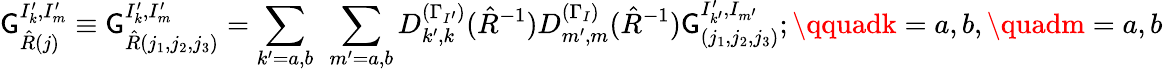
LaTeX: \mathsf{G}_{\hat{{R}}(j)}^{I_{k}^{\prime},I_{m}^{\prime}}\equiv\mathsf{G}_{\hat{{R}}(j_{1},j_{2},j_{3})}^{I_{k}^{\prime},I_{m}^{\prime}}=\sum_{k^{\prime}=a,b}~\sum_{m^{\prime}=a,b}D_{k^{\prime},k}^{(\Gamma_{I^{\prime}})}(\hat{{R}}^{-1})D_{m^{\prime},m}^{(\Gamma_{I})}(\hat{{R}}^{-1})\mathsf{G}_{(j_{1},j_{2},j_{3})}^{I_{k^{\prime}}^{\prime},I_{m^{\prime}}};\qquadk=a,b,\quadm=a,b